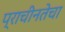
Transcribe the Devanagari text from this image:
प्राचीनतेचा